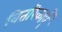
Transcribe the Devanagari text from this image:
वितरिकाएँ